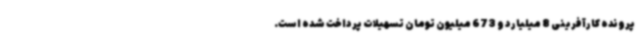
پرونده کارآفرینی 8 میلیارد و 673 میلیون تومان تسهیلات پرداخت شده است.